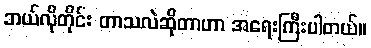
ဘယ်လိုတိုင်း တာသလဲဆိုတာဟာ အရေးကြီးပါတယ်။